Annual report of the Madras Medical College
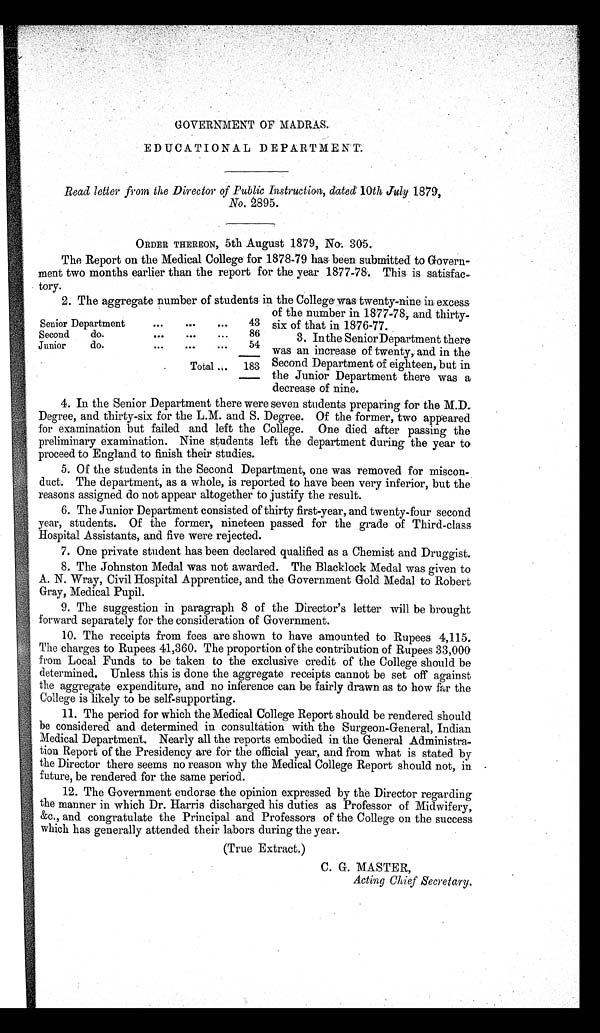
GOVERNMENT OF MADRAS.
EDUCATIONAL DEPARTMENT.
Read letter from the Director of Public Instruction, dated' 10th July. 1879,
No. 2895.
ORDER THEREON, 5th August 1879, Na. 305..
The Report on the Medical College for 1878 - 79 has been submitted to Govern-
ment two months earlier than the report for the year 1877-78. This is satisfac-
tory.
2. The aggregate number of students in the College was twenty-nine in excess
of the number in 1877-78, and thirty-
six of that in 18'76-77.
3. In the Senior Department there
was an increase of twenty,: and in the
Second Department of eighteen, but in
the Junior Department there was a
decrease of nine.
4. In the Senior Department there were seven students preparing for the M.D.
Degree, and thirty-six for the L.M. and S. Degree. Of the former, two appeared
for examination but failed and left the College. One died after passing the
preliminary examination. Nine students left the department during the year to
proceed to England to finish their studies.
5. Of the students in the Second Department, one was removed for miscon-
duct. The department, as a whole, is reported to have been very inferior, but the
reasons assigned do not appear altogether to justify the result.
6. The Junior Department consisted of thirty first-year, and twenty-four second
year, students. Of the former, nineteen passed for the grade of Third-class
Hospital Assistants, and five were rejected.
7. One private student has been declared qualified as a Chemist and Druggist.
8. The Johnston Medal was not awarded. The Blacklock Medal was given to
A. N. Wray, Civil Hospital Apprentice, and the Government Gold Medal to Robert
Gray, Medical Pupil.
9. The suggestion in paragraph 8 of the Director's letter will be brought
forward separately for the consideration of Government.
10. The receipts from fees are shown to have amounted to Rupees 4,115.
The charges to Rupees 41,360. The proportion of the contribution of Rupees 33,000
from Local Funds to be taken to the exclusive credit of the College should be
determined. Unless this is done the aggregate receipts cannot be set off against
the aggregate expenditure, and no inference can be fairly drawn as to how far the
College is likely to be self-supporting.
11. The period for which the Medical College Report should be rendered should
be considered and determined in consultation with the Surgeon-General, Indian
Medical Department. Nearly all the reports embodied in the General Administra-
tion Report of the Presidency are for the official year, and from what is stated by
the Director there seems no reason why the Medical College Report should not, in .
future, be rendered for the same period.
12. The Government endorse the opinion expressed by the Director regarding
the manner in which Dr. Harris discharged his duties as Professor of Midwifery,
&c., and congratulate the Principal and Professors of the College on the success
which has generally attended their labors during the year.
(True Extract.)
C. G. MASTER,
Acting Chief Secretary.
Senior Department
...
...
...
43
Second
do.
...
...
...
86
Junior
do.
...
...
...
54
Total ...
183
.1.1.1.